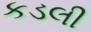
કડલી